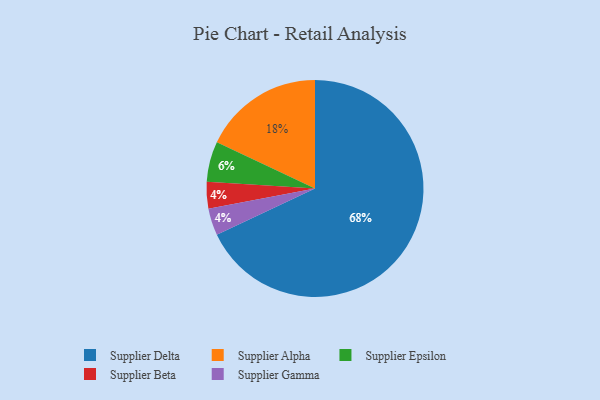
{"axis": {"x": "Category", "y": "Percentage"}, "legend": ["Supplier Alpha", "Supplier Beta", "Supplier Delta", "Supplier Epsilon", "Supplier Gamma"], "data": [{"x": "Supplier Alpha", "y": 18, "type": "Supplier Alpha"}, {"x": "Supplier Beta", "y": 4, "type": "Supplier Beta"}, {"x": "Supplier Gamma", "y": 4, "type": "Supplier Gamma"}, {"x": "Supplier Delta", "y": 68, "type": "Supplier Delta"}, {"x": "Supplier Epsilon", "y": 6, "type": "Supplier Epsilon"}]}